Report on horse surra - Volume II, Part I
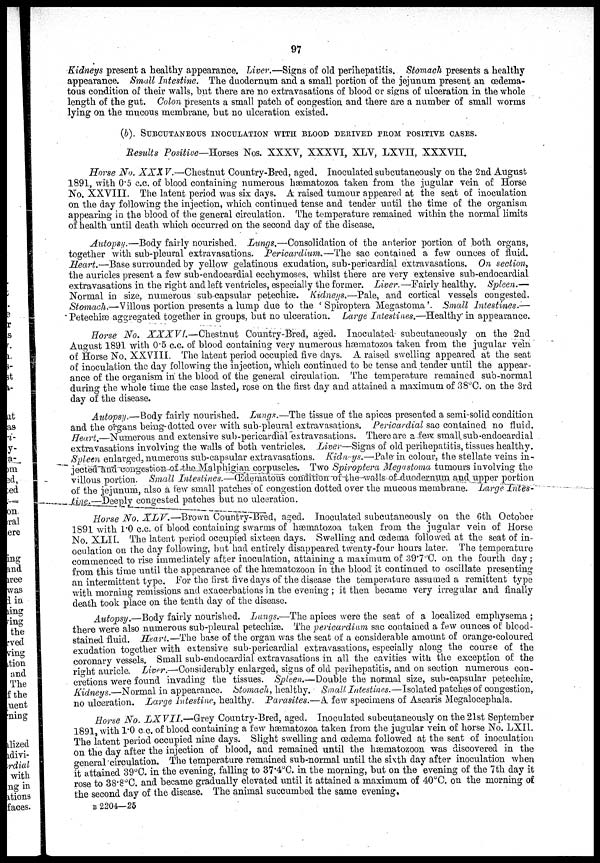
97
Kidneys present a healthy appearance. Liver.—Signs of old perihepatitis. Stomach presents a healthy
appearance. Small Intestine.
The duodernum and a small portion of the jejunum present an œdema¬
tous condition of their walls, but there are no extravasations of blood or signs of ulceration in the whole
length of the gut. Colon presents a small patch of congestion and there are a number of small worms
lying on the mucous membrane, but no ulceration existed.
(b). SUBCUTANEOUS INOCULATION WITH BLOOD DERIVED FROM POSITIVE CASES.
Results Positive—Horses Nos. XXXV, XXXVI, XLV, LXVII, XXXVII.
Horse No. XXXV.—Chestnut
Country-Bred, aged. Inoculated subcutaneously on the 2nd August
1891, with 0.5 c.c. of blood containing numerous hæmatozoa taken from the jugular vein of Horse
No. XXVIII. The latent period was six days. A raised tumour appeared at the seat of inoculation
on the day following the injection, which continued tense and tender until the time of the organism
appearing in the blood of the general circulation. The temperature remained within the normal limits
of health until death which occurred on the second day of the disease.
Autopsy.—Body fairly nourished. Lungs.—Consolidation of the anterior portion of both organs,
together with sub-pleural extravasations. Pericardium.—The
sac contained a few ounces of fluid.
Heart.—Base surrounded by yellow gelatinous exudation, sub-pericardial extravasations. On section,
the auricles present a few sub-endocardial ecchymoses, whilst there are very extensive sub-endocardial
extravasations in the right and left ventricles, especially the former. Liver.—Fairly healthy.
Spleen.—
Normal in size, numerous sub-capsular petechiæ. Kidneys.—Pale, and cortical vessels congested.
Stomach.—Villous portion presents a lump due to the ' Spiroptera Megastoma'. Small
Intestines.—
Petechiæ aggregated together in groups, but no ulceration. Large Intestines.—Healthy
in appearance.
Horse No. XXXVI.—Chestnut
Country-Bred, aged. Inoculated subcutaneously on the 2nd
August 1891 with 0.5 c.c. of blood containing very numerous hæmatozoa taken from the jugular vein
of Horse No. XXVIII. The latent period occupied five days. A raised swelling appeared at the seat
of inoculation the day following the injection, which continued to be tense and tender until the appear-
ance of the organism in the blood of the general circulation. The temperature remained sub-normal
during the whole time the case lasted, rose on the first day and attained a maximum of 38°C. on the 3rd
day of the disease.
Autopsy.—Body fairly nourished. Lungs.—The tissue of the apices presented a semi-solid condition
and the organs being-dotted over with sub-pleural extravasations. Pericardial sac contained no fluid.
Heart.—Numerous and extensive sub-pericardial extravasations. There are a few small sub-endocardial
extravasations involving the walls of both ventricles. Liver—Signs of old perihepatitis, tissues healthy.
Spleen enlarged, numerous sub-capsular extravasations. Kidneys.—Pale in colour, the stellate veins in-
jected and congestion of the Malphigian corpuscles. Two Spiroptera Megastoma tumours involving the
villous portion. Small Intestines.—Œdematous
condition of the walls of duodernum and upper portion
of the jejunum, also a few small patches of congestion dotted over the mucous membrane. Large Intes-
tine.—Deeply congested patches but no ulceration.
Horse No. XLV.—Brown
Country-Bred, aged. Inoculated subcutaneously on the 6th October
1891 with 1.0 c.c. of blood containing swarms of hæmatozoa taken from the jugular vein of Horse
No. XLII. The latent period occupied sixteen days. Swelling and œdema followed at the seat of in-
oculation on the day following, but had entirely disappeared twenty-four hours later. The temperature
commenced to rise immediately after inoculation, attaining a maximum of 39.7°C. on the fourth day;
from this time until the appearance of the hæmatozoon in the blood it continued to oscillate presenting
an intermittent type. For the first five days of the disease the temperature assumed a remittent type
with morning remissions and exacerbations in the evening ; it then became very irregular and finally
death took place on the tenth day of the disease.
Autopsy.—Body fairly nourished. Lungs.—The apices were the seat of a localized emphysema ;
there were also numerous sub-pleural petechiæ. The pericardium sac contained a few ounces of blood-
stained fluid. Heart.—The base of the organ was the seat of a considerable amount of orange-coloured
exudation together with extensive sub-pericardial extravasations, especially along the course of the
coronary vessels. Small sub-endocardial extravasations in all the cavities with the exception of the
right auricle. Liver.—Considerably enlarged, signs of old perihepatitis, and on section numerous con-
cretions were found invading the tissues. Spleen.—Double the normal size, sub-capsular petechiæ.
Kidneys.—Normal in appearance. Stomach, healthy. Small Intestines.—Isolated patches of congestion,
no ulceration. Large Intestine, healthy. Parasites.—A few specimens of Ascaris Megalocephala.
Horse No. LXVII.—Grey
Country-Bred, aged. Inoculated subcutaneously on the 21st September
1891 with 1.0 c.c. of blood containing a few hæmatozoa taken from the jugular vein of horse No. LXII.
The latent period occupied nine days. Slight swelling and œdema followed at the seat of inoculation
on the day after the injection of blood, and remained until the hæmatozoon was discovered in the
general circulation. The temperature remained sub-normal until the sixth day after inoculation when
it attained 39°C. in the evening, falling to 37.4°C. in the morning, but on the evening of the 7th day it
rose to 38.8°C. and became gradually elevated until it attained a maximum of 40°C. on the morning of
the second day of the disease. The animal succumbed the same evening,
B 2204—25